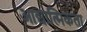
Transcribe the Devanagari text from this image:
आद्यात्मिकता